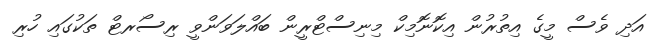
އަދި ވެސް މީގެ އިތުރުން އިކޮނޮމިކް މިނިސްޓްރީން ބައްލަވަންވީ ރިސޯރޓް ތަކުގައި ހުރި